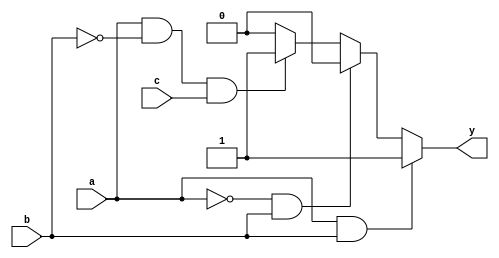
module conditional_behavior(input a, input b, input c, output reg y);

always @ (*)
begin
    if (a && b)
        y = 1;
    else if (!a && b)
        y = 2;
    else if (a && !b && c)
        y = 3;
    else if (a && !b && !c)
        y = 4;
    else
        y = 0;
end

endmodule